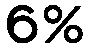
6%